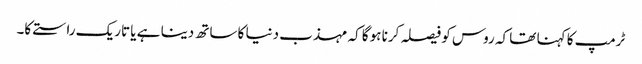
ٹرمپ کا کہنا تھا کہ روس کو فیصلہ کرنا ہوگا کہ مہذب دنیا کا ساتھ دینا ہے یا تاریک راستے کا۔